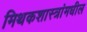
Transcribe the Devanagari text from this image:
मिथकशास्त्रांमधील